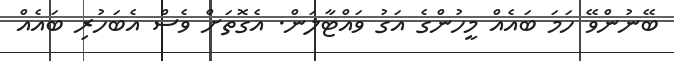
ބޭނުންވޭ ހަމަ ބައެއް މީހުންގެ އަގު ވައްޓާލަން. އެގޮތަށް ވެސް އެބަހުރި ބައެއް